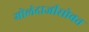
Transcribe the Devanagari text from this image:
गोलंदाजीसोबत